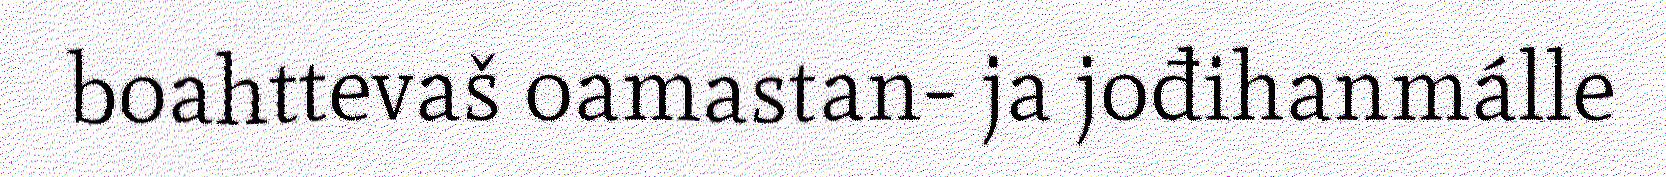
boahttevaš oamastan- ja jođihanmálle